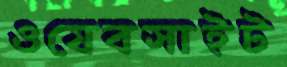
ওযেবসাইট